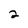
Character: 2